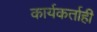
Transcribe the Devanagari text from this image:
कार्यकर्ताही